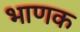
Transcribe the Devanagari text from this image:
भाणक